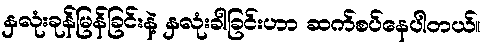
နှလုံးခုန်မြန်ခြင်းနဲ့ နှလုံးခါခြင်းဟာ ဆက်စပ်နေပါတယ်။